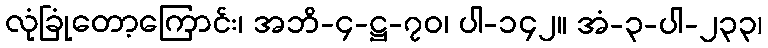
လုံခြုံတော့ကြောင်း၊ အဘိ-၄-ဋ္ဌ-၇၀၊ ပါ-၁၄၂။ အံ-၃-ပါ-၂၃၃၊